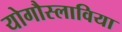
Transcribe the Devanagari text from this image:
योगौस्लाविया